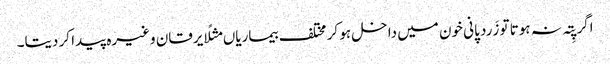
اگر پِتہ نہ ہوتا تو زَرد پانی خون میں داخل ہو کر مختلف بیماریاں مثلًا یرقان وغیرہ پیدا کر دیتا۔